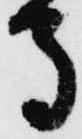
馬